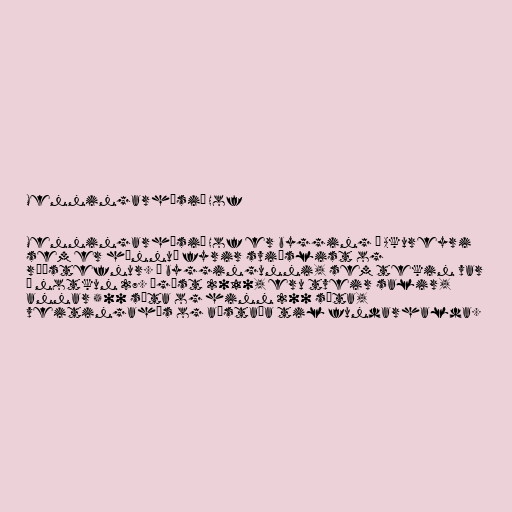
Menningarhúsið Hof

Menningarhúsið Hof er bygging á Akureyri
sem er hönnuð fyrir sviðslist og
ráðstefnur. Í byggingunni, sem tekin var
í notkun 27. ágúst 2010, eru tveir salir,
annar 500 sæta og hinn 200 sæta,
veitingahús og aðstaða til fundarhalda.